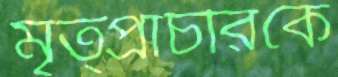
মৃত্প্রাচীরকে